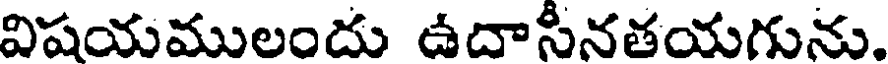
విషయములందు ఉదాసీనతయగును.